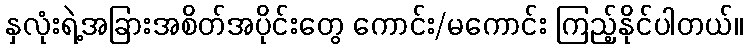
နှလုံးရဲ့အခြားအစိတ်အပိုင်းတွေ ကောင်း/မကောင်း ကြည့်နိုင်ပါတယ်။